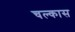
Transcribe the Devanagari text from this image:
चल्कास